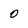
Character: 0